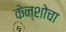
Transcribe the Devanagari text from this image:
केन्शोचा